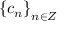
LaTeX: \left\{ c _ { n } \right\} _ { n \in Z }